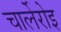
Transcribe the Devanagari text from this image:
चार्लेरोइ